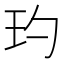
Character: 玓